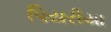
પિયરીયા